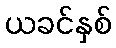
ယခင်နှစ်